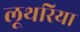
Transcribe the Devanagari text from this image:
लूथरिया